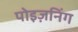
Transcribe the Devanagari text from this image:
पोइज़निंग